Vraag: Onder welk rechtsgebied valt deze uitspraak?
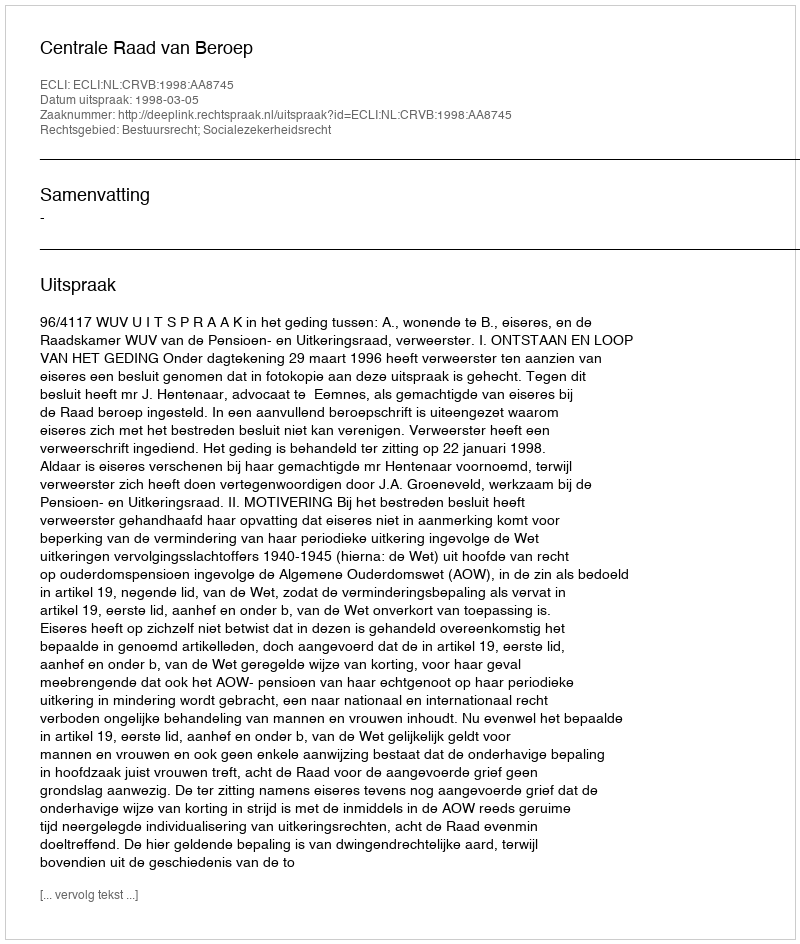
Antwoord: Bestuursrecht; Socialezekerheidsrecht